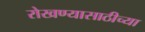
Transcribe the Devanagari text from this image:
रोखण्यासाठीच्या